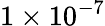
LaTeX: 1\times 10^{-7}